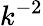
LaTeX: k^{-2}